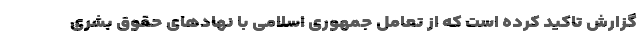
گزارش تاکید کرده است که از تعامل جمهوری اسلامی با نهادهای حقوق بشری